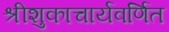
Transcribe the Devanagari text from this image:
श्रीशुकाचार्यवर्णित